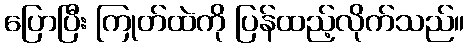
ပြောပြီး ကြုတ်ထဲကို ပြန်ထည့်လိုက်သည်။